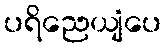
ပရိညေယျံပေ